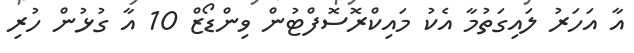
އާ އަހަރު ލައިގަތުމާ އެކު މައިކްރޮސޮފްޓުން ވިންޑޯޒް 10 އާ ގުޅުން ހުރި